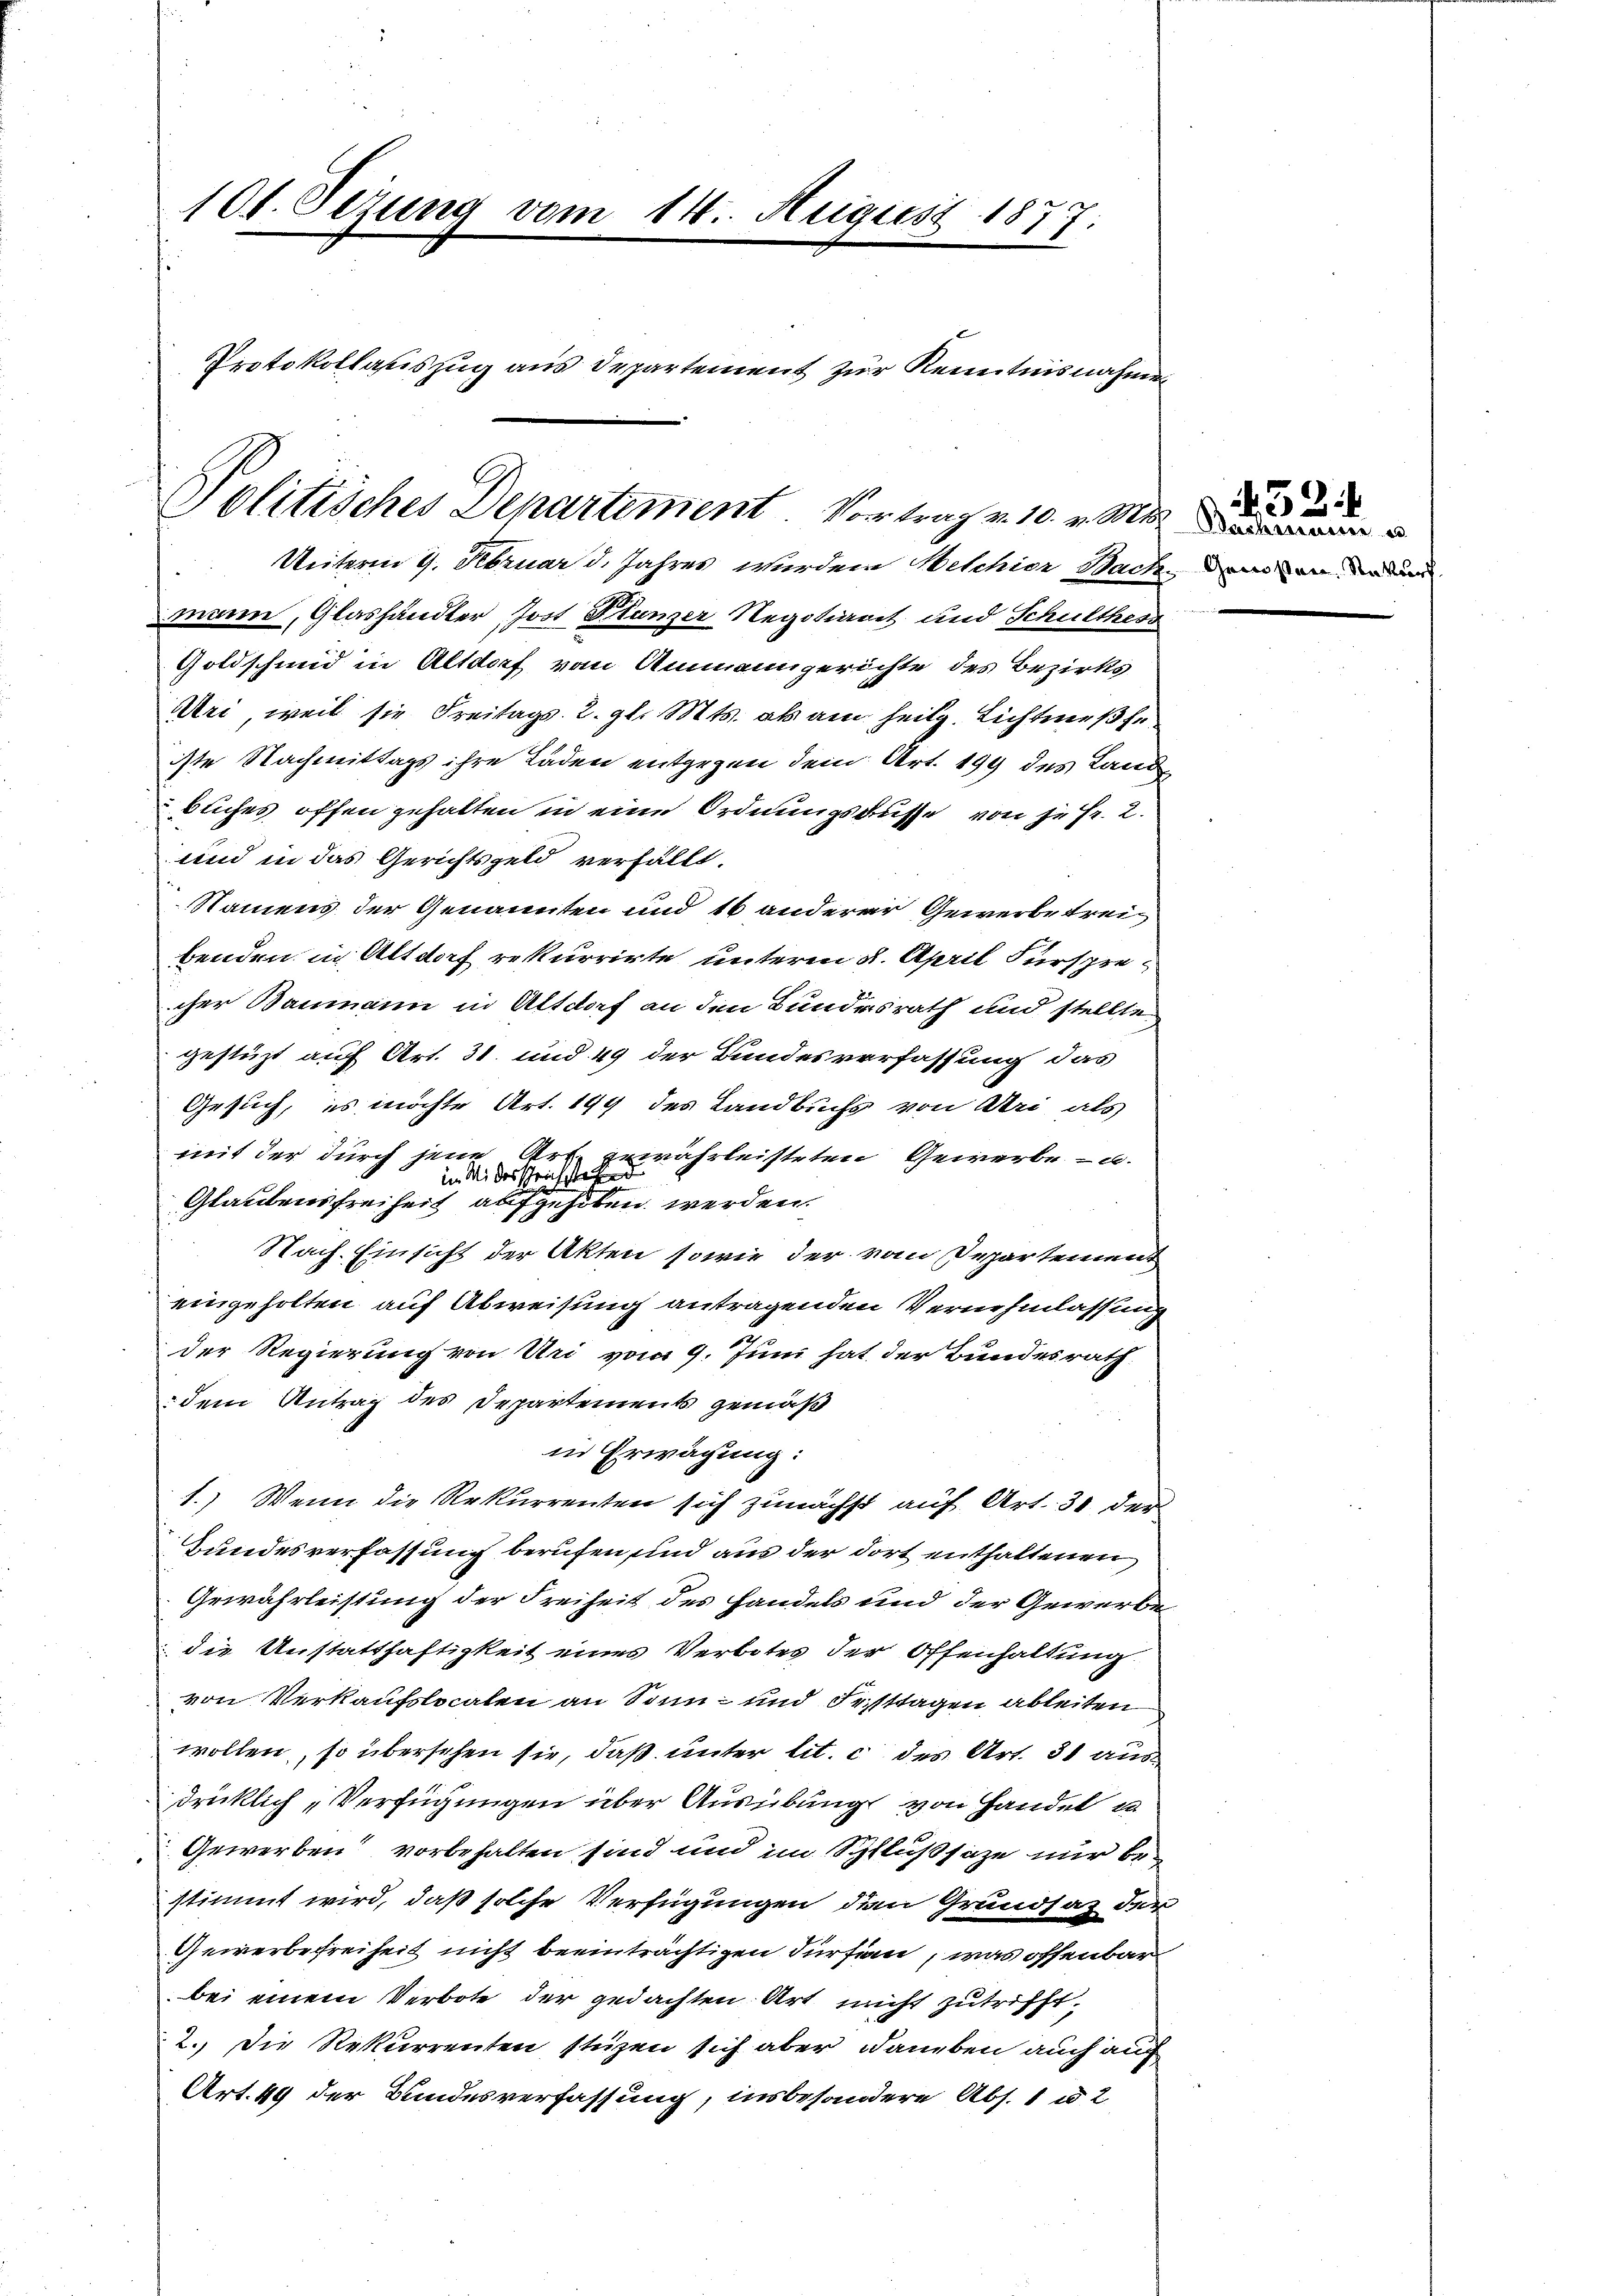
mann, Glashändler, Jost Planzer Negotiaret und Schulthess
Goldschmid in Altdorf vom Ammanngerichte des Bezirks
Uri, weil sie Freitags. 2. gl. Mts. als am heilg. Lichtmeßfeiste Nachmittags ihre Läden entgegen dem Art. 199 des Land
buches offen gehalten in eine Ordnungsbusse von je fr. 2.
und in das Gerichtsgeld verfällt.
Namens der Genannten und 16 anderer Gewerbetreibenden in Altdorf rekurrirte unterm 2. April Fürsprecher Baumann in Altdorf an den Bundesrath und stellte
gestüzt auf Art. 31. und 49 der Bundesverfassung das
Gesuch, es möchte Art. 199 des Landbuchs von Uri als
mit der durch jene Art. zuwährleisteten Gewerbe- u.
Nach Einsicht der Akten sowie der vom Departement
eingeholten auf Abweisung antragenden Vernehmlassung
der Regierung von Uri vom 9. Juni hat der Bundesrath
dem Antrag des Departements gemäß
in Erwächung:
1.) Wenn die Rekurrenten sich zunächst auf Art. 31 der
Bundesverfassung berufen und aus der dort enthaltenen
Gewährleistung der Freiheit des Handels und der Gewerbe
die Anstatthaftigkeit eines Verbotes der Offenhaltung
von Verkaufslocaten an Sonn- und Festtagen ableiten
wollen, so übersehen sie, daß unter lit. c des Art. 31 aus
drücklich, Verfügungen über Ausübung von Handel un
Gewerben vorbehalten sind und im Schlußsatze nur bestimmt wird, daß solche Verfügungen den Grundsaz der
Gewerbefreiheit nicht beeinträchtigen dürfian, was offenbar
bei einem Verbote der gedachten Art nicht zutrifft,
2. Die Rekurrenten stüzen sich aber daneben auch auch
Art. 49 der Bundesverfassung, insbesondere Abs. 1 u 2

101. Sezung vom 14. August 1877.
Protokollasiszug aus Departement zur Kenntnisnahme

Politisches Departement. Vortrag v. 10. v. Mt
Unterm 9. Februar d. Jahres wurden Welchior Bach dem in de den

im Widersprichstehend
Glaubensfreiheit aufgehoben werden.

432.